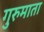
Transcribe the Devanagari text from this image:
गुरुमाता